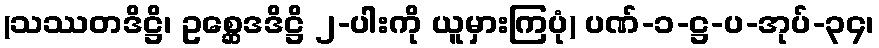
(သဿတဒိဋ္ဌိ၊ ဥစ္ဆေဒဒိဋ္ဌိ ၂-ပါးကို ယူမှားကြပုံ) ပဏ်-၁-ဋ္ဌ-ပ-အုပ်-၃၄၊